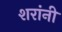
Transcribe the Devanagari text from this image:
शरांनी